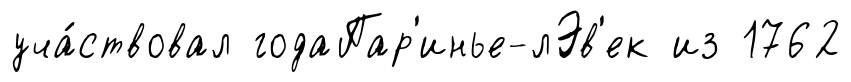
уча́ствовал годаПар'инье-лЭв'ек из 1762